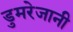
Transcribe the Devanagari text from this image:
डुमरेजानी